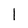
Character: l